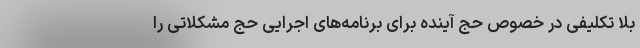
‌بلا تکلیفی در خصوص حج آینده برای برنامه‌های اجرایی حج مشکلاتی را